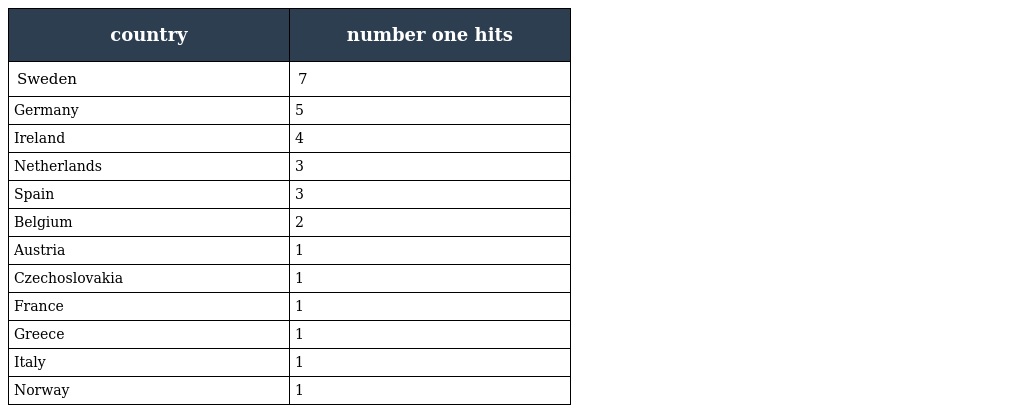
| country | number one hits |
 | --- | --- |
 | Sweden | 7 |
 | Germany | 5 |
 | Ireland | 4 |
 | Netherlands | 3 |
 | Spain | 3 |
 | Belgium | 2 |
 | Austria | 1 |
 | Czechoslovakia | 1 |
 | France | 1 |
 | Greece | 1 |
 | Italy | 1 |
 | Norway | 1 |